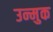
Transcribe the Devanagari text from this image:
उन्मुक